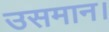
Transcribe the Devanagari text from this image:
उसमान।